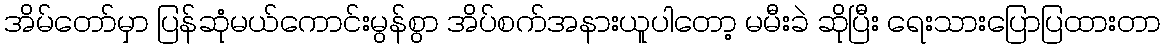
အိမ်တော်မှာ ပြန်ဆုံမယ်ကောင်းမွန်စွာ အိပ်စက်အနားယူပါတော့ မမီးခဲ ဆိုပြီး ရေးသားပြောပြထားတာ